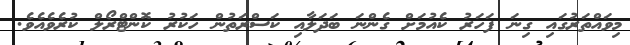
މިވައްތަރުގައި ގިނަ ފަހަރު ކެއުމަށް ގެންނަ ބަދަލާއި ކަސްރަތުން ހަކުރު ކޮންޓްރޯލް ކުރެވެއެވެ.